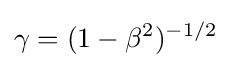
\gamma =(1-\beta ^{2})^{-1/2}